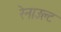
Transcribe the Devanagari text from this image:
रेनाउल्ट